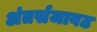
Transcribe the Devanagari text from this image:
अंतर्सजावट